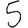
Digit: 5